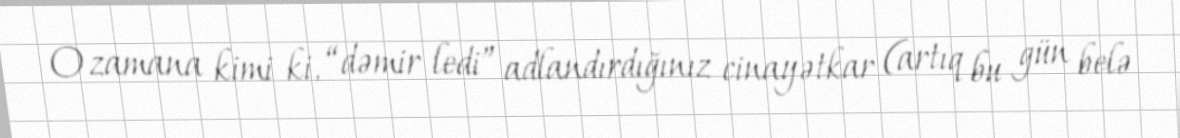
O zamana kimi ki, “dəmir ledi” adlandırdığınız cinayətkar (artıq bu gün belə